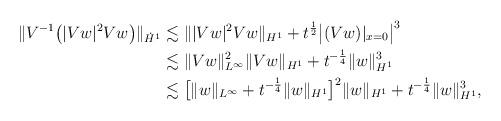
LaTeX: \begin{align*}\|V^{-1}\bigl(|Vw|^2 Vw\bigr)\|_{\dot H^1} & \lesssim \| |Vw|^2 Vw\|_{H^1} + t^{\frac12} \bigl|(Vw)|_{x=0}\bigr|^3 \\& \lesssim \|Vw\|_{L^\infty}^2 \|Vw\|_{H^1} + t^{-\frac14}\|w\|_{H^1}^3 \\& \lesssim \bigl[\|w\|_{L^\infty} + t^{-\frac14}\|w\|_{H^1}\bigr]^2 \|w\|_{H^1}+t^{-\frac14}\|w\|_{H^1}^3,\end{align*}